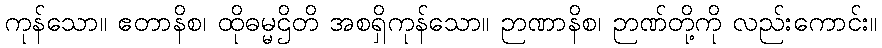
ကုန်သော။ ဧတာနိစ၊ ထိုဓမ္မဌိတိ အစရှိကုန်သော။ ဉာဏာနိစ၊ ဉာဏ်တို့ကို လည်းကောင်း။